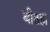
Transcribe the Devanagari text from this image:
बीतहा